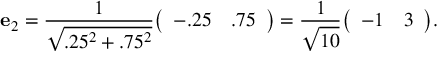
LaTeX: \mathbf { e } _ { 2 } = { \frac { 1 } { \sqrt { . 2 5 ^ { 2 } + . 7 5 ^ { 2 } } } } { \left( \begin{array} { l l } { - . 2 5 } & { . 7 5 } \end{array} \right) } = { \frac { 1 } { \sqrt { 1 0 } } } { \left( \begin{array} { l l } { - 1 } & { 3 } \end{array} \right) } .